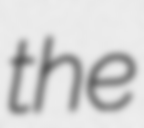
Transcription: the